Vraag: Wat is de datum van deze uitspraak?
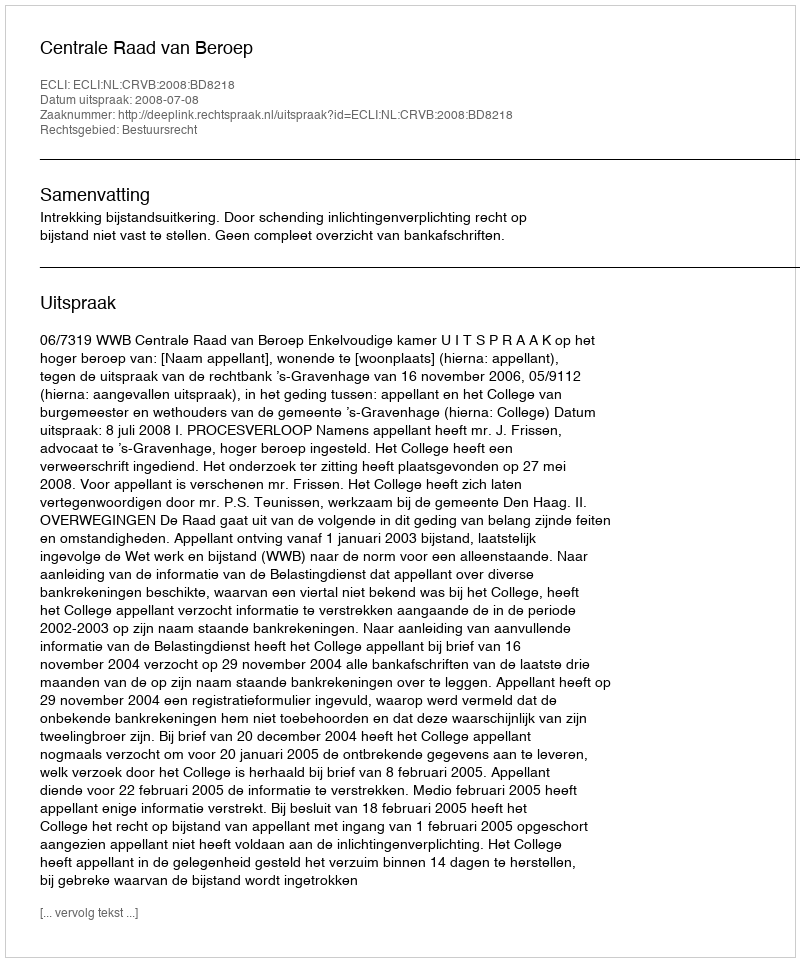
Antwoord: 2008-07-08